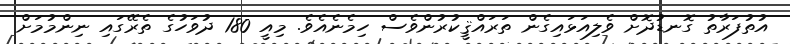
އުތުފަރާތު ގޮނޑުދޮށް ވެލިއަޅައިގެން ތަރައްޤީކުރުންވެސް ހިމެނެއެވެ. މިއީ 180 ދުވަހުގެ ތެރޭގައި ނިންމުމަށް